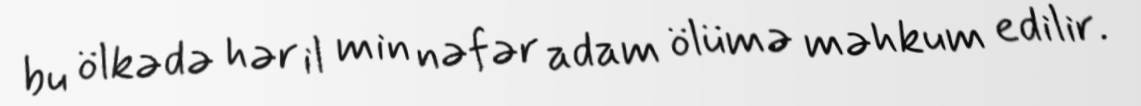
bu ölkədə hər il min nəfər adam ölümə məhkum edilir.